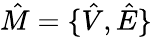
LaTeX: \hat{M}=\{ \hat{V},\hat{E}\}